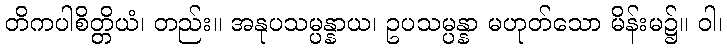
တိကပါစိတ္တိယံ၊ တည်း။ အနုပသမ္ပန္နာယ၊ ဥပသမ္ပန္နာ မဟုတ်သော မိန်းမ၌။ ဝါ၊